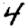
Digit: 4